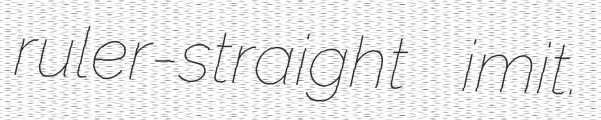
ruler-straight imit.